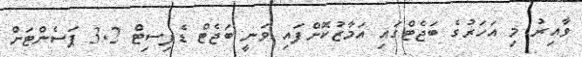
ވާއިރު މި އަހަރުގެ ބަޖެޓްގައި އަމާޒުކޮށްފައި ވަނީ ބަޖެޓް ޑެފިސިޓް 3.2 ޕަސެންޓަށް